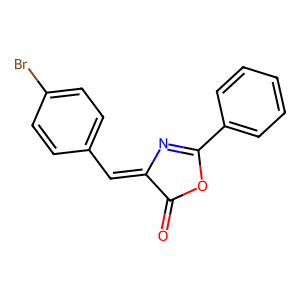
SMILES: O=C1OC(c2ccccc2)=NC1=Cc1ccc(Br)cc1
Inhibits HIV replication: No